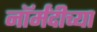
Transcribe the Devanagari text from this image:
नॉर्मंदीच्या